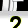
Digit: 2